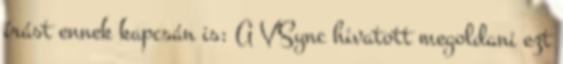
írást ennek kapcsán is: A VSync hivatott megoldani ezt